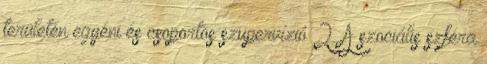
területén egyéni és csoportos szupervízió 2. A szociális szféra